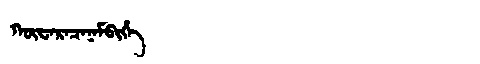
Manchu: ᡴᡡᠸᠠᡵᠠᠴᠠᠨᠠᠮᠪᡳᡥᡝ
Romanization: KŪWARACANAMBIHE